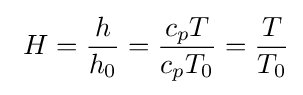
\ H={\frac {h}{h_{0}}}={\frac {c_{p}T}{c_{p}T_{0}}}={\frac {T}{T_{0}}}